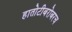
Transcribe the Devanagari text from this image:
हातोटीबरोबरच